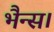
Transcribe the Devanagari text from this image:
भैन्स।